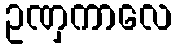
ဥဏှကာလေ